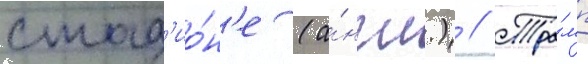
стад'ио́н'е (а́нгл.) // Тра́мп